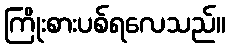
ကြိုးစားပစ်ရလေသည်။